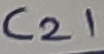
Text: C21